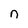
Character: n